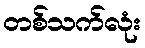
တစ်သက်လုံး